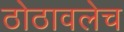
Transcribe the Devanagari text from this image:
ठोठावलेच